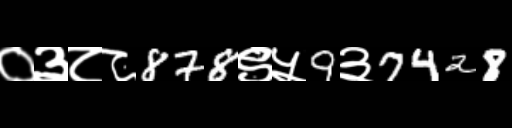
Text: ०३८८878९५9३7428